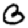
Digit: 3